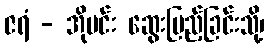
ဇရံ - အိုမင်း ဆွေးမြည့်ခြင်းသို့၊